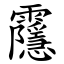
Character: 䨸